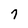
Character: 7